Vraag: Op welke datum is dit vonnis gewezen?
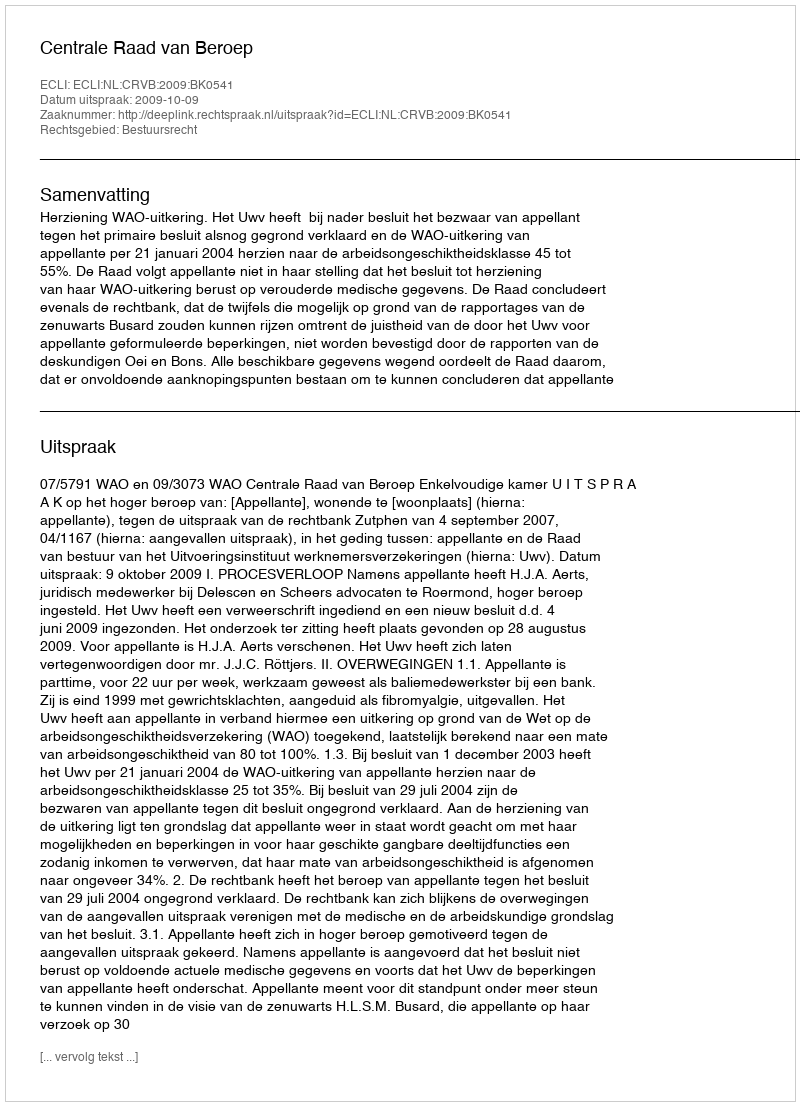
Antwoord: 2009-10-09